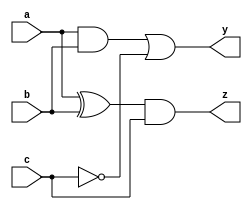
module combinational_logic (
    input wire a,       // First input signal
    input wire b,       // Second input signal
    input wire c,       // Third input signal
    output reg y,       // Output signal
    output reg z        // Another output signal
);

// Combinational logic behavior
always @(*) begin
    // Continuous assignment using the `=` operator
    y = (a & b) | (~c);  // Example logic: y is true if a AND b is true OR NOT c is true
    z = (a ^ b) & c;     // Example logic: z is true if a XOR b is true AND c is true
end

endmodule